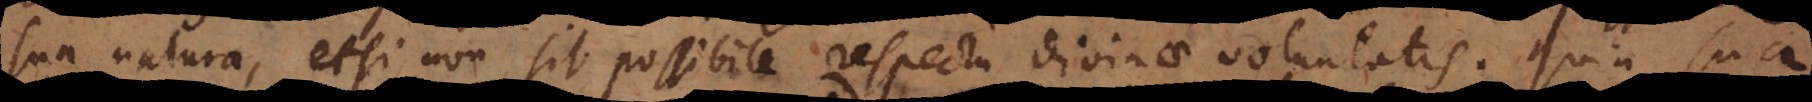
sua natura, etsi non sit possibile respectu divinae voluntatis. Quia sua